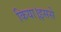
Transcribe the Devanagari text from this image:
किया।इससे